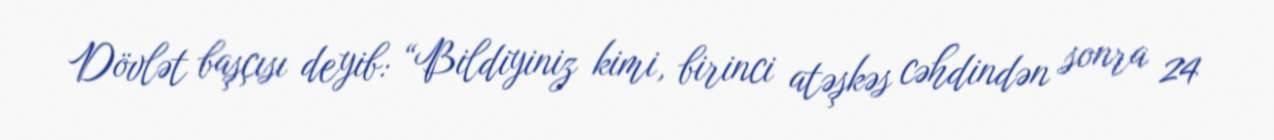
Dövlət başçısı deyib: “Bildiyiniz kimi, birinci atəşkəs cəhdindən sonra 24